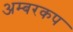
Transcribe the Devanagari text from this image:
अम्बरकप